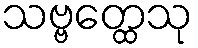
သဗ္ဗတ္ထေသု